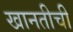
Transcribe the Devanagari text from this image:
खानतीची